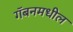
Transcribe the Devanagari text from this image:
गॅबनमधील